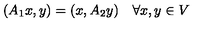
( A _ { 1 } x , y ) = ( x , A _ { 2 } y ) \quad \forall x , y \in V